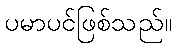
ပမာပင်ဖြစ်သည်။